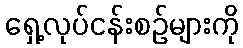
ရှေ့လုပ်ငန်းစဉ်များကို